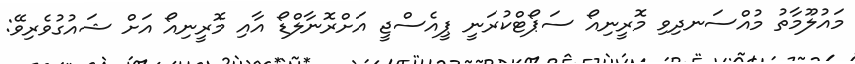
މައުލޫމާތު މުއްސަނދިވި މޮރީނިއޯ ސަޕޯޓްކުރަނީ ޕީއެސްޖީ އަށްރޮނާލްޑޯ އާއި މޮރީނިއޯ އަށް ޝައުގުވެރިވޭ: